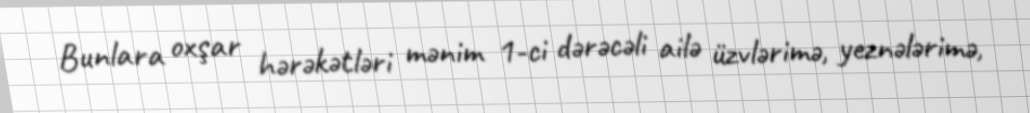
Bunlara oxşar hərəkətləri mənim 1-ci dərəcəli ailə üzvlərimə, yeznələrimə,